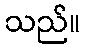
သည်။